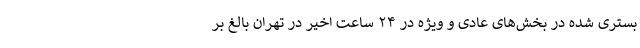
بستری شده در بخش‌های عادی و ویژه در ۲۴ ساعت اخیر در تهران بالغ بر